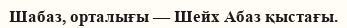
Шабаз, орталығы — Шейх Абаз қыстағы.